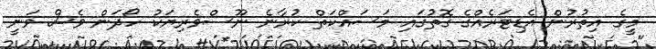
މީގެ އިތުރުން އެޑިޓަރެއްގެ ގޮތުގައި މަސައްކަތް ކުރާނެ ނޫސްވެރިޔަކު ހޯދަން ވެސް ވަނީ